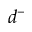
d ^ { - }